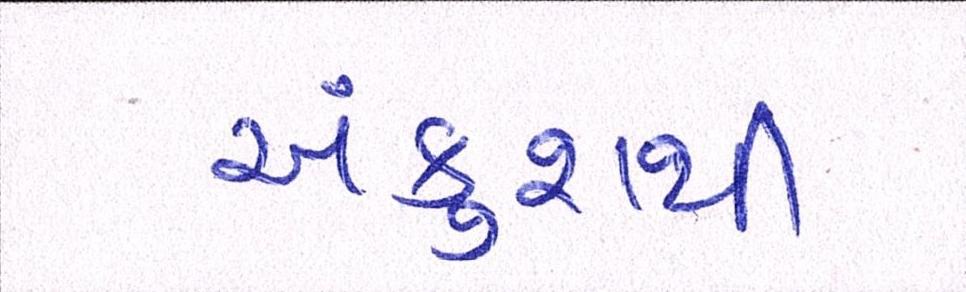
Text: અંકુશથી